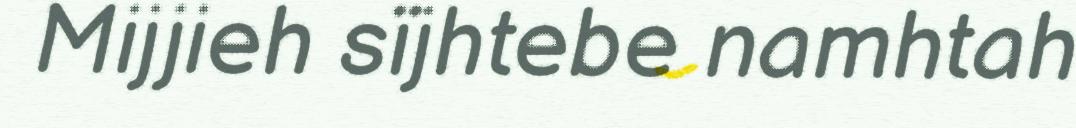
Mijjieh sïjhtebe namhtah